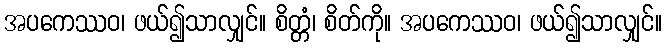
အပကေဿဝ၊ ဖယ်၍သာလျှင်။ စိတ္တံ၊ စိတ်ကို။ အပကေဿဝ၊ ဖယ်၍သာလျှင်။